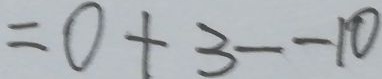
= 0 + 3 - - 1 0